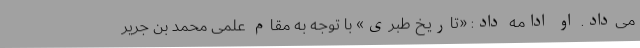
می‌داد. او ادامه داد: «تاریخ طبری» با توجه به مقام علمی محمد بن جریر